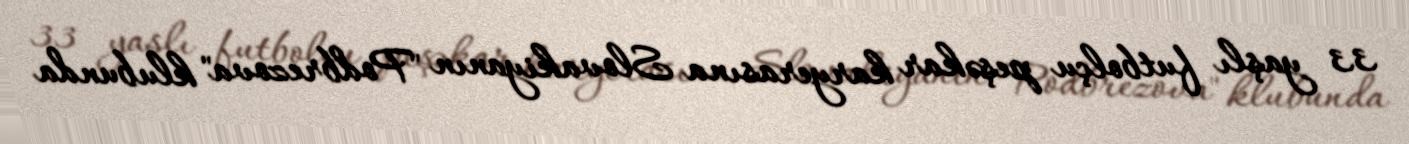
33 yaşlı futbolçu peşəkar karyerasına Slovakiyanın "Podbrezova" klubunda